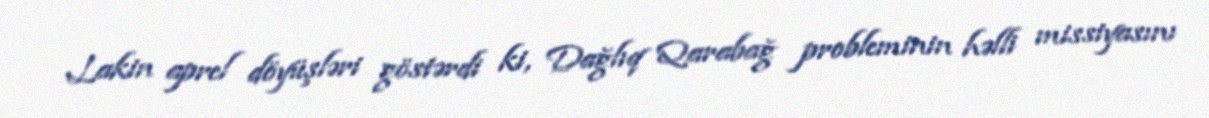
Lakin aprel döyüşləri göstərdi ki, Dağlıq Qarabağ probleminin həlli missiyasını